Lunatic asylums Central Provinces reports 1886-1894 - 1886-1894
Year: 1886
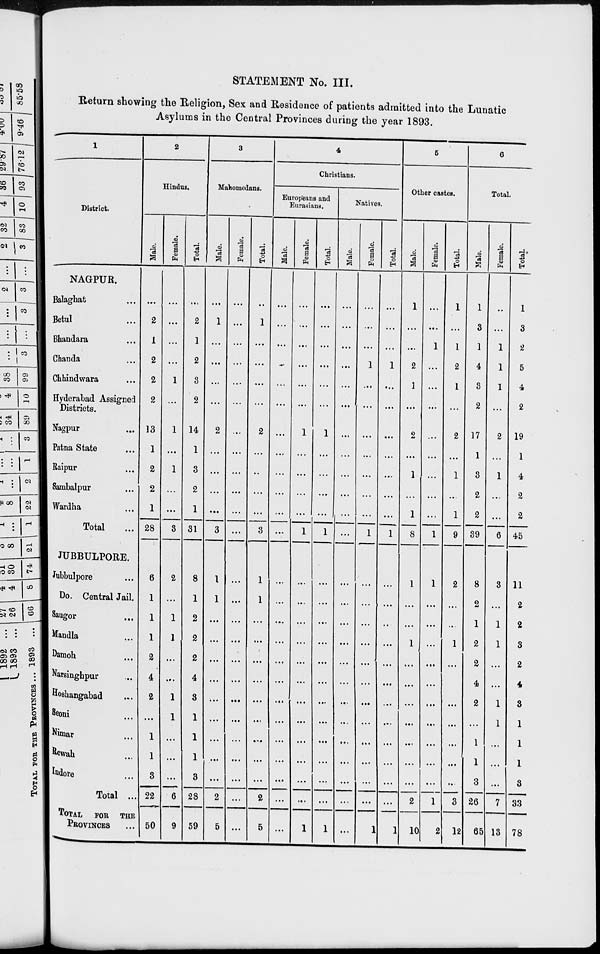
STATEMENT No. III.
Return showing the Religion, Sex and Residence of patients admitted into the Lunatic
Asylums in the Central Provinces during the year 1893.
1
District.
NAGPUR.
Balaghat ...
Betul ...
Bhandara ...
Chanda ...
Chhindwara ...
Hyderabad Assigned
Districts.
Nagpur ...
Patna State ...
Raipur ...
Sambalpur ...
Wardha
Total ...
JUBBULPORE.
Jubbulpore ...
Do. Central Jail.
Saugor ...
Mandla ...
Damoh ...
Narsinghpur ...
Hoshangabad ...
Seoni ...
Nimar ...
Rewah ...
Indore ...
Total ...
TOTAL
FOR THE
PROVINCES ...
2
Hindus.
Male.
...
2
1
2
2
2
13
1
2
2
1
28
6
1
1
1
2
4
2
...
1
1
3
22
50
Female.
...
...
...
...
1
...
1
...
1
...
...
3
2
...
1
1
...
...
1
1
...
...
...
6
9
Total.
...
2
1
2
3
2
14
1
3
2
1
31
8
1
2
2
2
4
3
1
1
1
3
28
59
3
Mahomedans.
Male.
...
1
...
...
...
...
2
...
...
...
...
3
1
1
...
...
...
...
...
...
...
...
...
2
5
Female.
...
...
...
...
...
...
...
...
...
...
...
...
...
...
...
...
...
...
...
...
...
...
...
...
...
Total.
...
1
...
...
...
...
2
...
...
...
...
3
1
1
...
...
...
...
...
...
...
...
...
2
5
4
Christians.
Europeans and
Eurasians.
Male.
...
...
...
...
...
...
...
...
...
...
...
...
...
...
...
...
...
...
...
...
...
...
...
...
...
Female.
...
...
...
...
...
...
1
...
...
...
...
1
...
...
...
...
...
...
...
...
...
...
...
...
1
Total.
...
...
...
...
...
...
1
...
...
...
...
1
...
...
...
...
...
...
...
...
...
...
...
...
1
Natives.
Male.
...
...
...
...
...
...
...
...
...
...
...
...
...
...
...
...
...
...
...
...
...
...
...
...
...
Female.
...
...
...
1
...
...
...
...
...
...
...
1
...
...
...
...
...
...
...
...
...
...
...
...
1
Total.
...
...
...
1
...
...
...
...
...
...
...
1
...
...
...
...
...
...
...
...
...
...
...
...
1
5
Other castes.
Male.
1
...
...
2
1
...
2
...
1
...
1
8
1
...
...
1
...
...
...
...
...
...
...
2
10
Female.
...
...
1
...
...
...
...
...
...
...
...
1
1
...
...
...
...
...
...
...
...
...
1
2
Total.
1
...
1
2
1
...
2
...
1
...
1
9
2
...
...
1
...
...
...
...
...
...
...
3
12
6
Total.
Male.
1
3
1
4
3
2
17
1
3
2
2
39
8
2
1
2
2
4
2
...
1
1
3
26
65
Female.
...
...
1
1
1
...
2
...
1
...
...
6
3
...
1
1
...
...
1
1
...
...
...
7
13
Total.
1
3
2
5
4
2
19
1
4
2
2
45
11
2
2
3
2
4
3
1
1
1
3
33
78